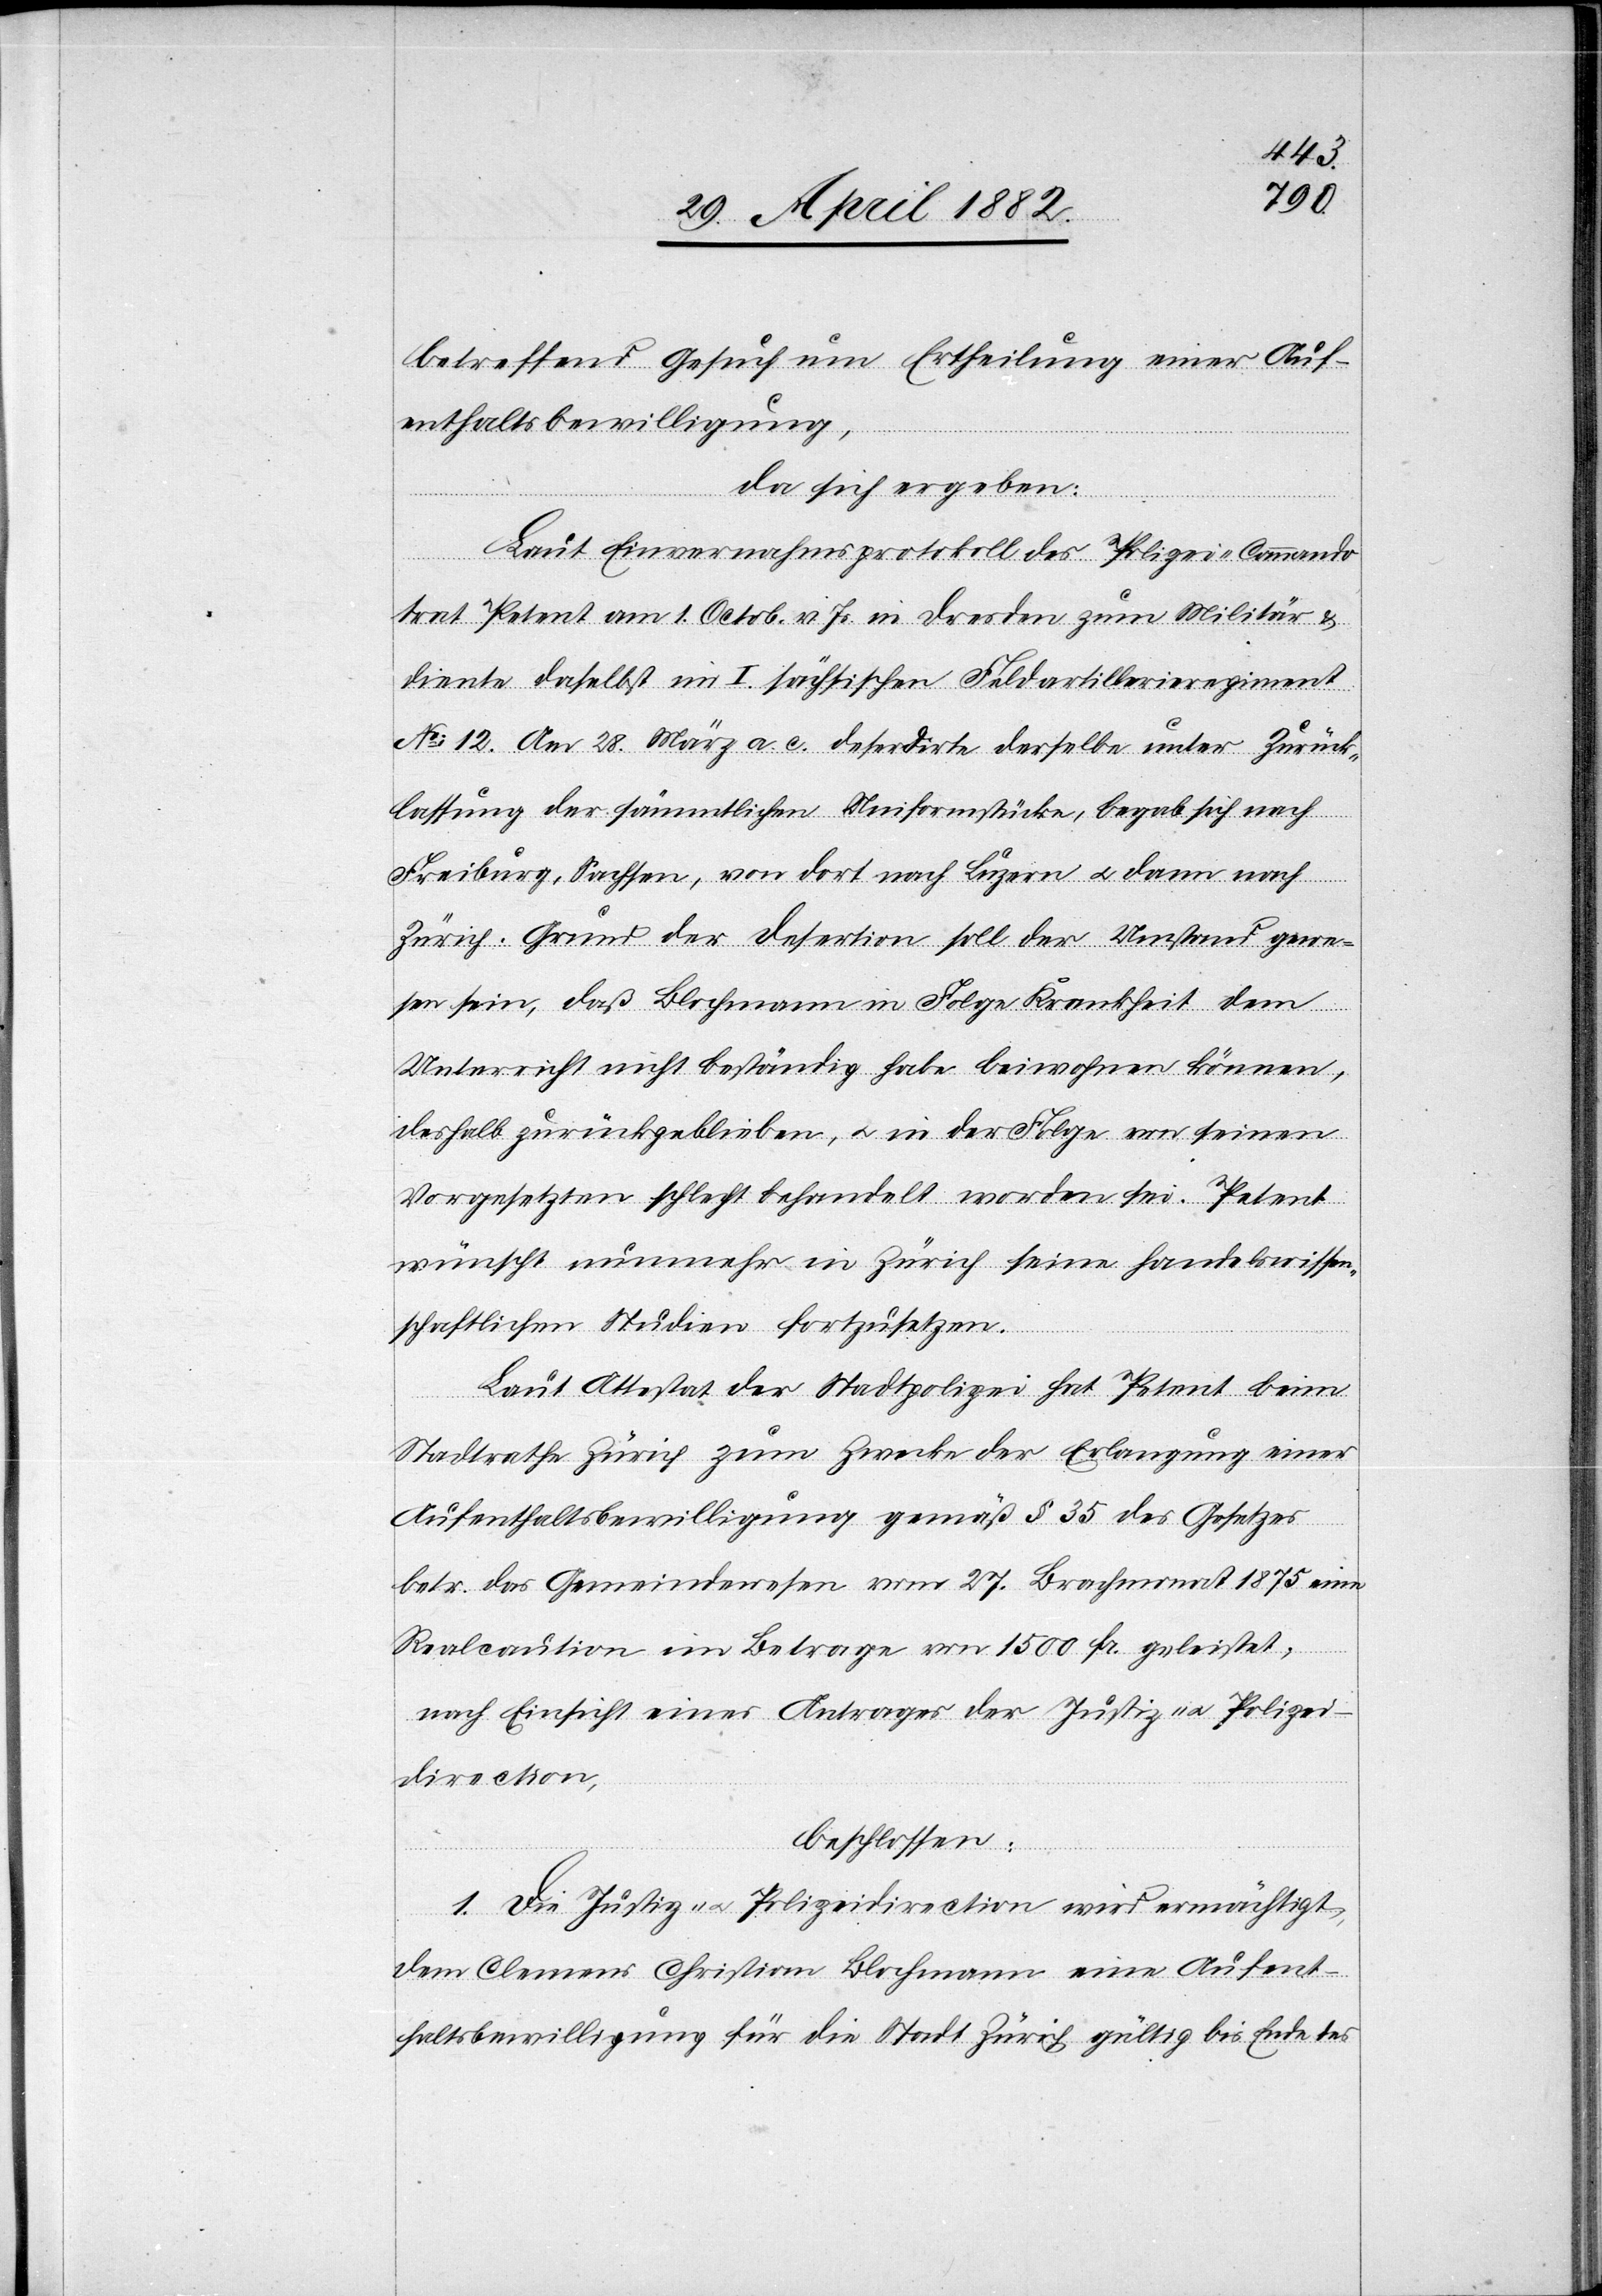
betreffend Gesuch um Ertheilung einer Auf¬
enthaltsbewilligung,
da sich ergeben:
Laut Einvernahmsprotokoll des Polizei-Commando
trat Petent am 1. Octob. v. Js. in Dresden zum Militär &
diente daselbst im I. sächsischen Feldartillerieregiment
No 12. Am 28. März a. c. deserdirte [sic!] derselbe unter Zurück¬
lassung der sämmtlichen Uniformstücke, begab sich nach
Freiburg, Sachsen, von dort nach Luzern u. dann nach
Zürich. Grund der Desertion soll der Umstand gewe¬
sen sein, daß Blochmann in Folge Krankheit dem
Unterricht nicht beständig habe beiwohnen können,
deshalb zurückgeblieben, u. in der Folge von seinen
Vorgesetzten schlecht behandelt worden sei. Petent
wünscht nunmehr in Zürich seine handelswissen¬
schaftlichen Studien fortzusetzen.
Laut Attestat der Stadtpolizei hat Petent beim
Stadtrathe Zürich zum Zwecke der Erlangung einer
Aufenthaltsbewilligung gemäß § 35 des Gesetzes
betr. das Gemeindewesen vom 27. Brachmonat 1875 eine
Realcaution im Betrage von 1500 Fr. geleistet;
nach Einsicht eines Antrages der Justiz- u. Polizei¬
direction,
beschlossen:
1. Die Justiz- u. Polizeidirection wird ermächtigt,
dem Clemens Christian Blochmann eine Aufent¬
haltsbewilligung für die Stadt Zürich gültig bis Ende des